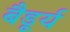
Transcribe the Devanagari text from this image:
बैडूर्य